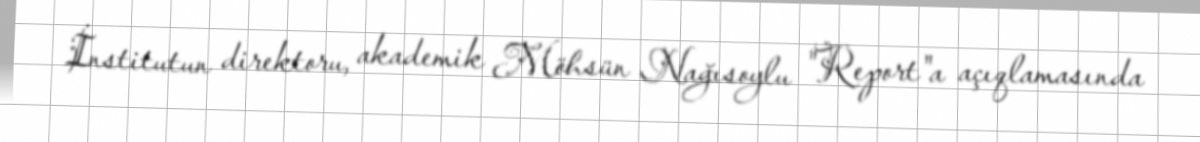
İnstitutun direktoru, akademik Möhsün Nağısoylu "Report"a açıqlamasında